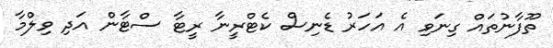
ތޫފާނުތައް ގިނަވި އެ އަހަރު ޑެނިސް ކެޓްރީނާ ރީޓާ ސްޓާން އަދި ވިލްމާ